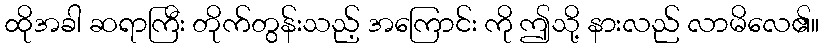
ထိုအခါ ဆရာကြီး တိုက်တွန်းသည့် အကြောင်း ကို ဤသို့ နားလည် လာမိလေ၏။